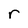
Character: r